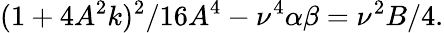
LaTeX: (1+4A^{2}k)^{2}/16A^{4}-\nu^{4}\alpha\beta=\nu^{2}B/4.